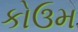
કોઉમ